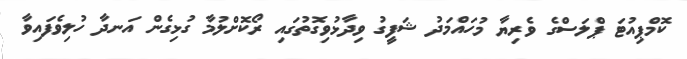
ކޮމްޕިއުޓަ ޕްލަސްގެ ވެރިޔާ މުހައްމަދު ޝަފީގު ވިދާޅުވިގޮތުގައި ރޯކޮށްލުމާ ގުޅިގެން އަނދާ ހުލިވެފައިވާ